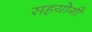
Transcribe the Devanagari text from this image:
सहयाेगी